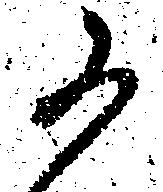
か